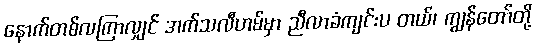
နောက်တစ်လကြာလျှင် အက်သလီဟမ်မှာ ညီလာခံကျင်းပ တယ်၊ ကျွန်တော်တို့